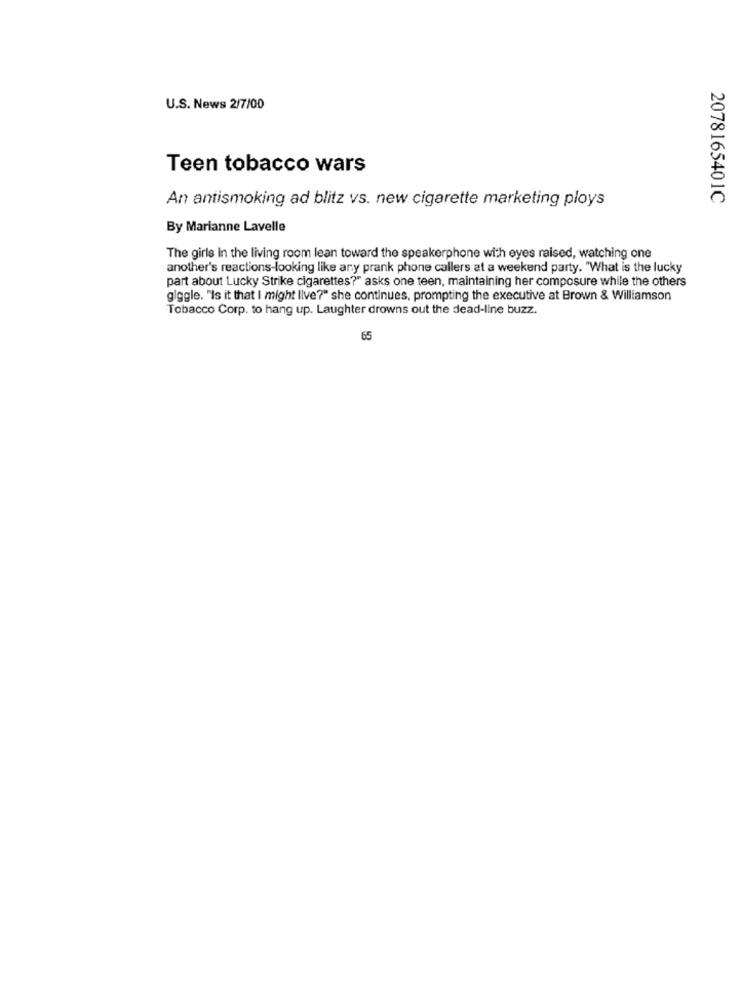
U.S. News 2/7/00
Teen tobacco wars
An antismoking ad blitz vs. new cigarette marketing ploys
2078165401C
By Marianne Lavelle
The girls In the living room lean toward the speakerphone with eyes raised, watching one
another's reactions-looking like any prank phone callers at a weekend party. "What is the lucky
part about Lucky Strike cigarettes?" asks one teen, maintaining her composure while the others
giggle. "Is it that I might Ilve?" she continues, prompting the executive at Brown & Williamson
Tobacco Corp. to hang up. Laughter drowns out the dead-line buzz.
65